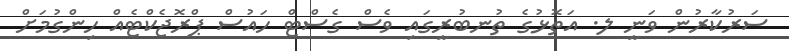
ސަރުކާރުން ވަނީ ލ. އަތޮޅުގެ ތުނބުރީގައި ވެސް ގެސްޓް ހައުސް ޕްރޮޖެކްޓެއް ހިންގުމަށް